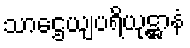
သာဌေယျပရိယုဋ္ဌာနံ